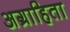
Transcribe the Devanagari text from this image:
अग्राहिता